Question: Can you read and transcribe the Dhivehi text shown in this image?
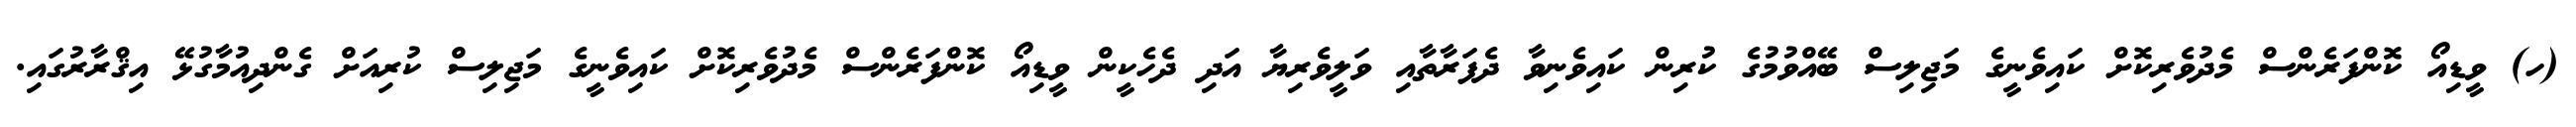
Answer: (ހ) ވީޑިއޯ ކޮންފަރެންސް މެދުވެރިކޮށް ކައިވެނީގެ މަޖިލިސް ބޭއްވުމުގެ ކުރިން ކައިވެނިވާ ދެފަރާތާއި ވަލީވެރިޔާ އަދި ދެހެކީން ވީޑިއޯ ކޮންފަރެންސް މެދުވެރިކޮށް ކައިވެނީގެ މަޖިލިސް ކުރިއަށް ގެންދިއުމާގުޅޭ އިޤްރާރުގައި.